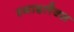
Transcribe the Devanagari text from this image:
स्माइलैक्स